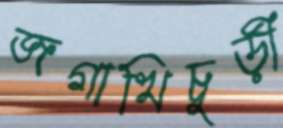
জগাখিচুড়ী